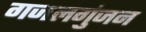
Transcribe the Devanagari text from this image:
गजलगुंजन